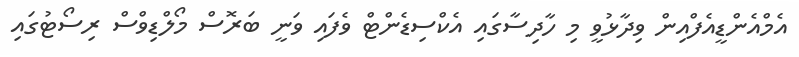
އެމްއެންޑީއެފްއިން ވިދާޅުވީ މި ހާދިސާގައި އެކްސިޑެންޓް ވެފައި ވަނީ ބަރޮސް މޯލްޑިވްސް ރިސޯޓުގައި